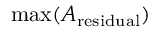
\operatorname* { m a x } ( A _ { \mathrm { r e s i d u a l } } )